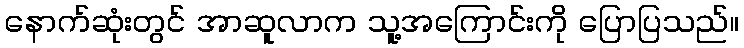
နောက်ဆုံးတွင် အာဆူလာက သူ့အကြောင်းကို ပြောပြသည်။